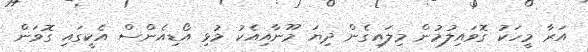
އަރާ މީހަކު ގޮވައިލުމުން މިލައިގެން ދިޔަ މޫނާއިއެކު މުޅި އޯޑިއެންސް އެކީގައި ގޮވަން